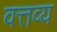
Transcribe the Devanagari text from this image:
वत्तव्य